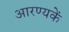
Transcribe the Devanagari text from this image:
आरण्यकें